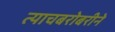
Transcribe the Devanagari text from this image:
त्याचबरोबरीने